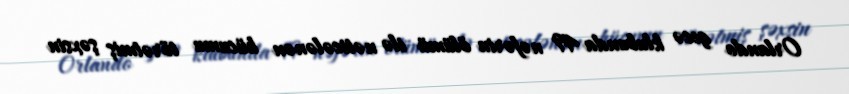
Orlando gecə klubunda 49 nəfərin ölümü ilə nəticələnən hücumu törətmiş şəxsin